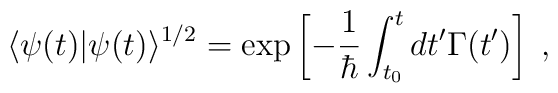
\langle\psi(t)|\psi(t)\rangle^{1/2} = \exp\left[-\frac{1}{\hbar}\int_{t_0}^tdt' \Gamma(t') \right] \; ,